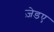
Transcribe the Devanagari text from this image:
ज़ेडए